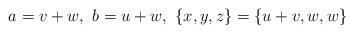
LaTeX: \begin{align*}a=v+w,~b=u+w,~\{ x,y,z \} = \{ u+v,w,w \} \end{align*}